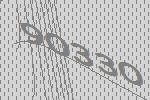
90330